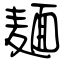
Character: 麺